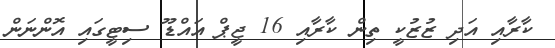
ކާރާއި އަދި ޒުޒުކީ ތިން ކާރާއި 16 ޖީޕް އައްޑޫ ސިޓީގައި އޮންނަން